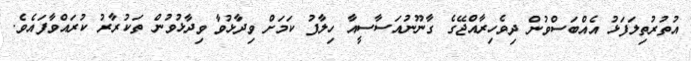
އުތުރުތިލަފަޅު އެއްބަސްވުން ދިވެހިރާއްޖޭގެ ގާނޫނުއަސާސީއާ ހިލާފު ކަމަށް ވިދާޅުވާ ވިދާޅުވުން ތަކުރާރު ކުރައްވާފައެވެ.